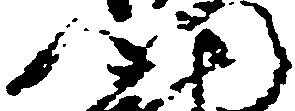
門